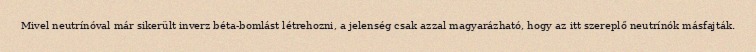
Mivel neutrínóval már sikerült inverz béta-bomlást létrehozni, a jelenség csak azzal magyarázható, hogy az itt szereplő neutrínók másfajták.